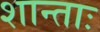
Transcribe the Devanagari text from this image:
शान्ताः